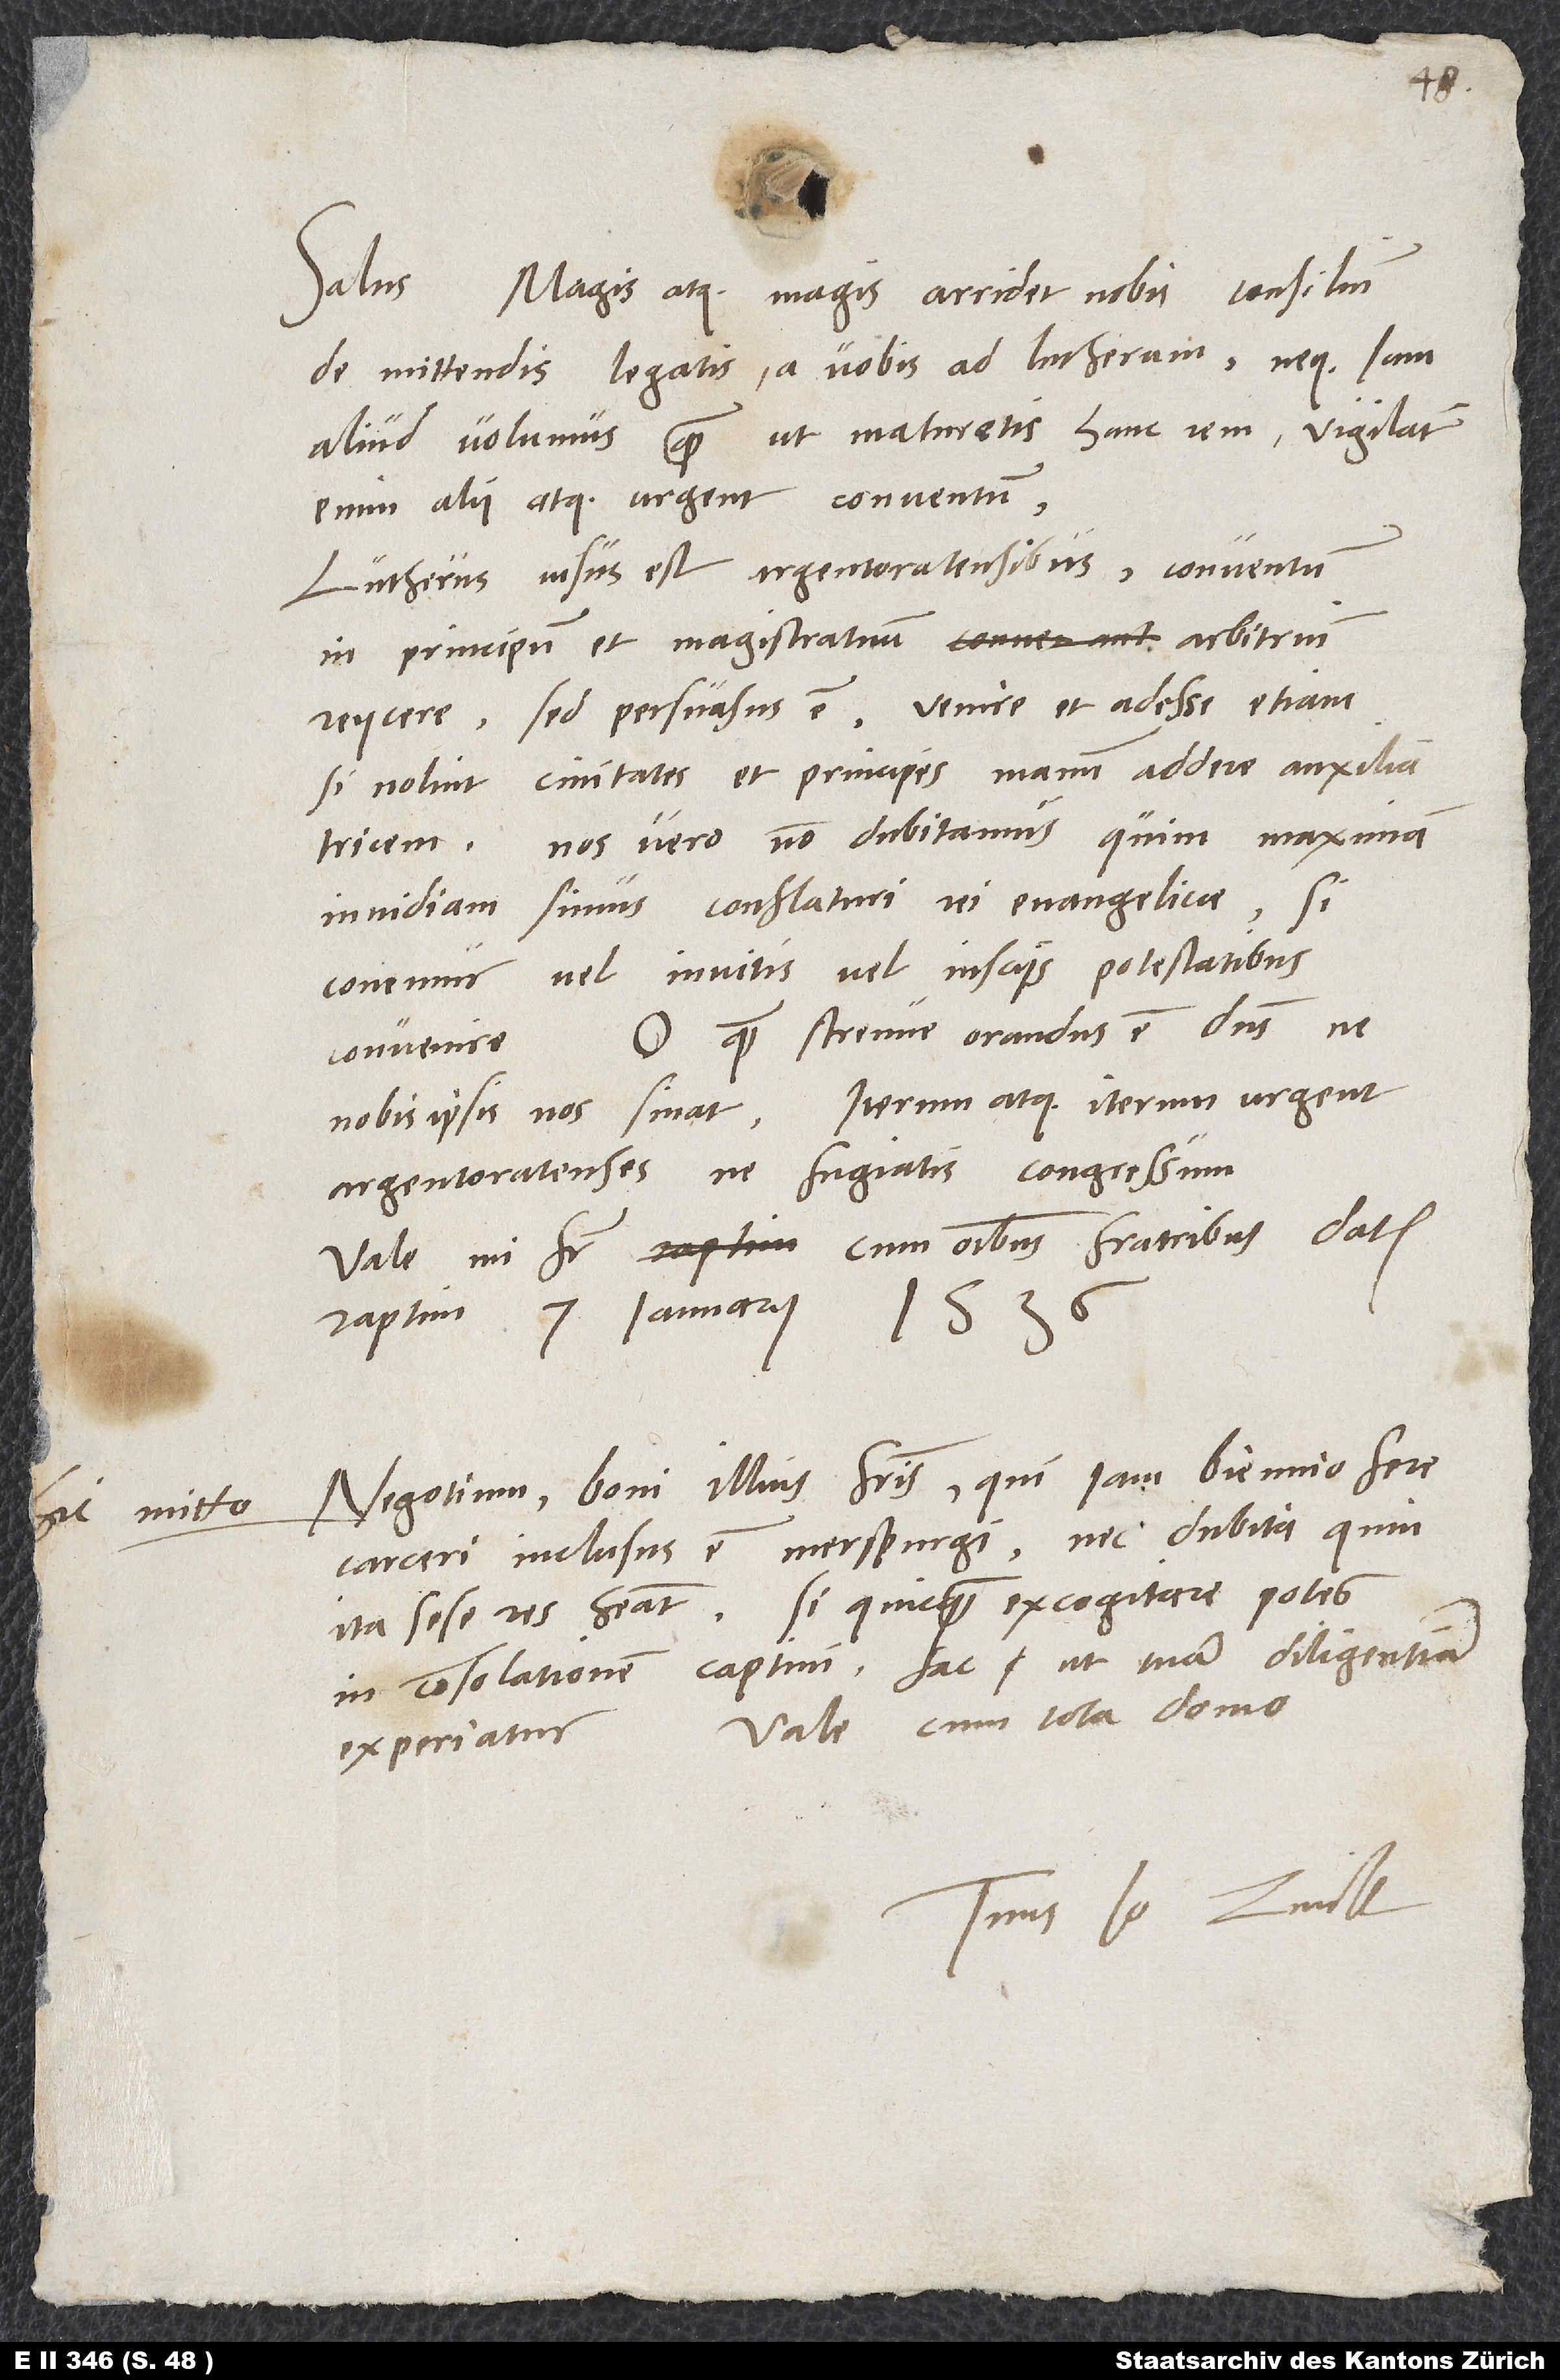
Hic mitto

Magis atque magis arridet nobis consilium
de mittendis legatis a vobis ad Lutherum, neque iam
aliud volumus, quam ut maturetis hanc rem; vigilant
enim alii atque urgent conventum.
Lutherus visus est Argentoratensibus conventum
in principum et magistratuum arbitrium
reiicere, sed persuasus est venire et adesse, etiam
si nolint civitates et principes manum addere auxiliatricem.
Nos vero non dubitamus, quin maximam
invidiam simus conflaturi rei evangelicae, si
conemur vel invitis vel insciis potestatibus
O quam strenue orandus est dominus, ne
convenire.
nobis ipsis nos sinat! Iterum atque iterum urgent
Argentoratenses, ne fugiatis congressum.
Vale, mi frater, cum omnibus fratribus.
raptim 7. ianuarii
negotium boni illius fratris, qui iam biennio fere
carceri inclusus est Merspurg, nec dubita, quin
ita sese res habeat. Si quicquam excogitare potes
in consolationem captivi, fac, ut tuam diligentiam
Vale cum tota domo.
experiatur.
Tuus Io. Zvick.